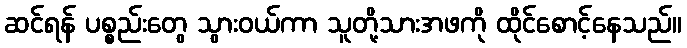
ဆင်ရန် ပစ္စည်းတွေ သွားဝယ်ကာ သူတို့သားအဖကို ထိုင်စောင့်နေသည်။